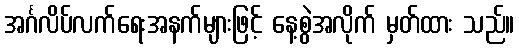
အင်္ဂလိပ်လက်ရေးအနက်များဖြင့် နေ့စွဲအလိုက် မှတ်ထား သည်။